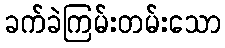
ခက်ခဲကြမ်းတမ်းသော